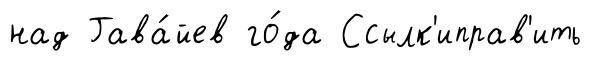
над Гава́йев го́да Ссылк'иправ'ить